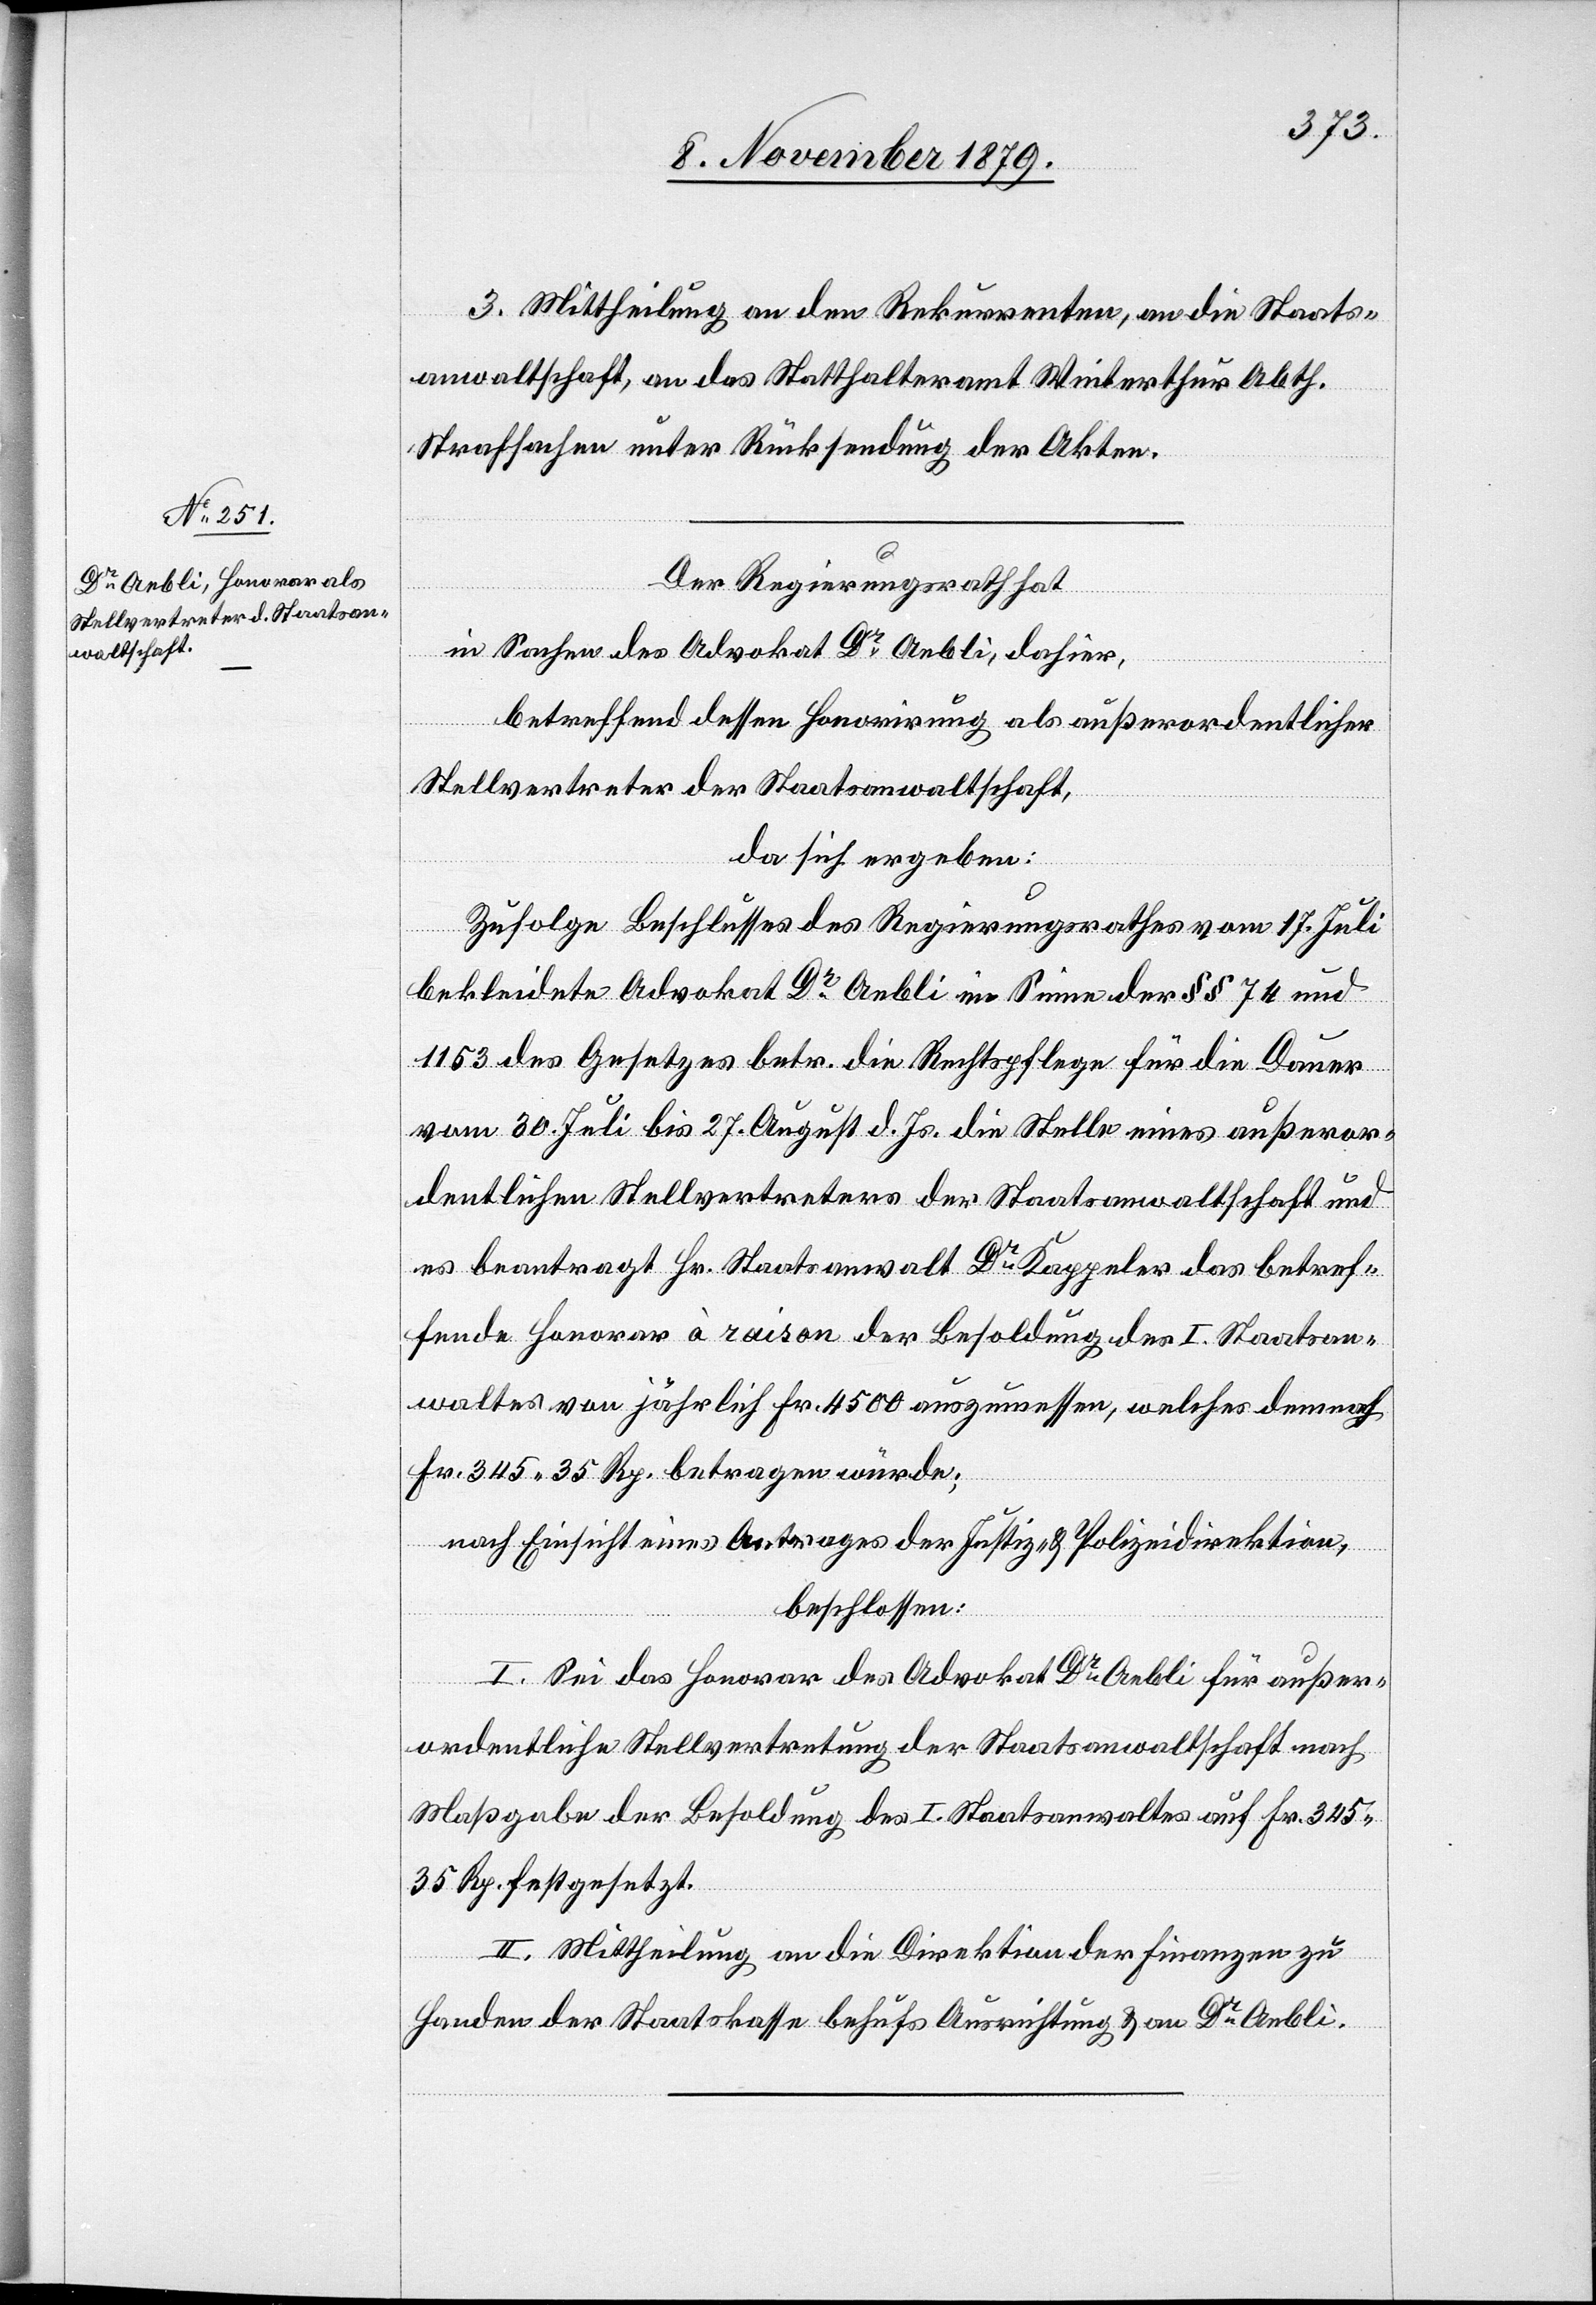
3. Mittheilung an den Rekurrenten, an die Staats¬
anwaltschaft, an das Statthalteramt Winterthur Abth.
Strafsachen unter Rücksendung der Akten.
Der Regierungsrath hat,
in Sachen des Advokat Dr Aebli, dahier,
betreffend dessen Honorirung als Außerordentlicher
Stellvertreter der Staatsanwaltschaft,
da sich ergeben:
Zufolge Beschlusses des Regierungsrathes vom 17. Juli
bekleidete Advokat Dr Aebli im Sinne der §§ 74 und
1153 des Gesetzes betr. die Rechtspflege für die Dauer
vom 30. Juli bis 27. August d. Js, die Stelle eines außeror¬
dentlichen Stellvertreters der Staatsanwaltschaft und
es beantragt Hr. Staatsanwalt Dr Kappeler das betref¬
fende Honorar à raison der Besoldung des I. Staatsan¬
waltes von jährlich Fr. 4500 auszumessen, welches demnach
Fr. 345 35 Rp. betragen würde;
nach Einsicht eines Antrages der Justiz- & Polizeidirektion,
beschlossen:
I. Sei das Honorar des Advokat Dr Aebli für außer¬
ordentliche Stellvertretung der Staatsanwaltschaft nach
Maßgabe der Besoldung des I. Staatsanwaltes auf Fr. 345
35 Rp. festgesetzt.
II. Mittheilung an die Direktion der Finanzen zu
Handen der Staatskasse behufs Ausrichtung & an Dr Aebli.